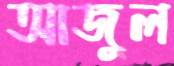
আজুল